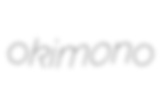
okimono